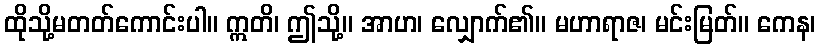
ထိုသို့မတတ်ကောင်းပါ။ ဣတိ၊ ဤသို့။ အာဟ၊ လျှောက်၏။ မဟာရာဇ၊ မင်းမြတ်။ ကေန၊